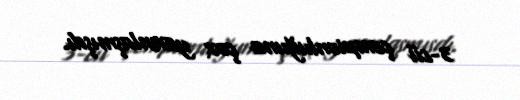
3-cü çempionluğuna çox yaxınlaşmışdı.